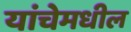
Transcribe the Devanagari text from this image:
यांचेमधील